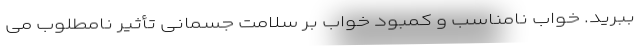
ببرید. خواب نامناسب و کمبود خواب بر سلامت جسمانی تأثیر نامطلوب می